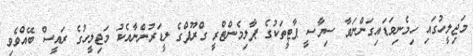
މަޖިލީހުގައި ހިމެނިވަޑައިގަންނަވާ ސިޔާސީ ޕާޓީތަކުގެ ޕާލިމެންޓްރީ ގްރޫޕްގެ ލީޑަރުންނާއެކު މަޖިލީހުގެ ރައީސް ބޭއްވެވި